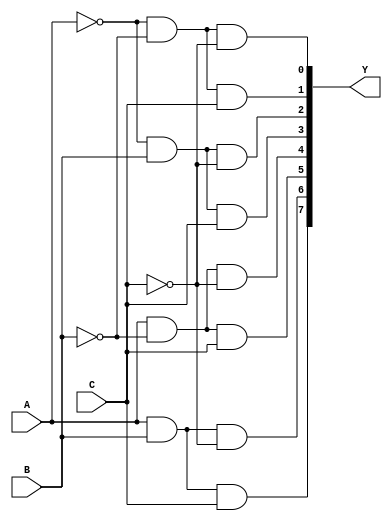
//Structural Modelling for 3 to 8 Decoder

module decoder_3_to_8_str(A, B, C, Y);
input A, B, C; output [7:0]Y;
wire y1, y2, y3;
not (y1, A); not (y2, B); not (y3, C);
and(Y[0], y1, y2, y3);
and(Y[1], y1, y2, C);
and(Y[2], y1, B, y3);
and(Y[3], y1, B, C);
and(Y[4], A, y2, y3);
and(Y[5], A, y2, C);
and(Y[6], A, B, y3);
and(Y[7], A, B, C);
endmodule